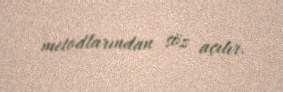
metodlarından söz açılır.